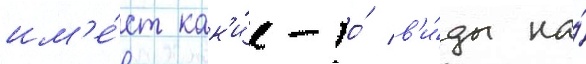
им'е́ет как'и́е-то́ в'и́ды на́